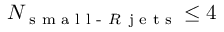
N _ { \textrm { s m a l l - } R \, \textrm { j e t s } } \leq 4